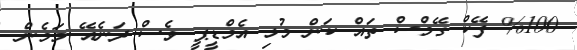
%100 ފޭކް ގޭމްސް ތައް ކަން މުޅި އެމްޑީޕީ ވެސް ދަނެއޭ މަމެން